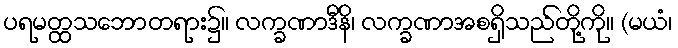
ပရမတ္ထသဘောတရား၌။ လက္ခဏာဒီနိ၊ လက္ခဏာအစရှိသည်တို့ကို။ (မယံ၊